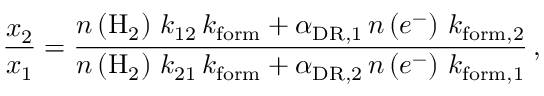
\frac { x _ { 2 } } { x _ { 1 } } = \frac { n \left( \mathrm { H } _ { 2 } \right) \, k _ { 1 2 } \, k _ { \mathrm { f o r m } } + \alpha _ { \mathrm { D R } , 1 } \, n \left( e ^ { - } \right) \, k _ { \mathrm { f o r m } , 2 } } { n \left( \mathrm { H } _ { 2 } \right) \, k _ { 2 1 } \, k _ { \mathrm { f o r m } } + \alpha _ { \mathrm { D R } , 2 } \, n \left( e ^ { - } \right) \, k _ { \mathrm { f o r m } , 1 } } \, ,